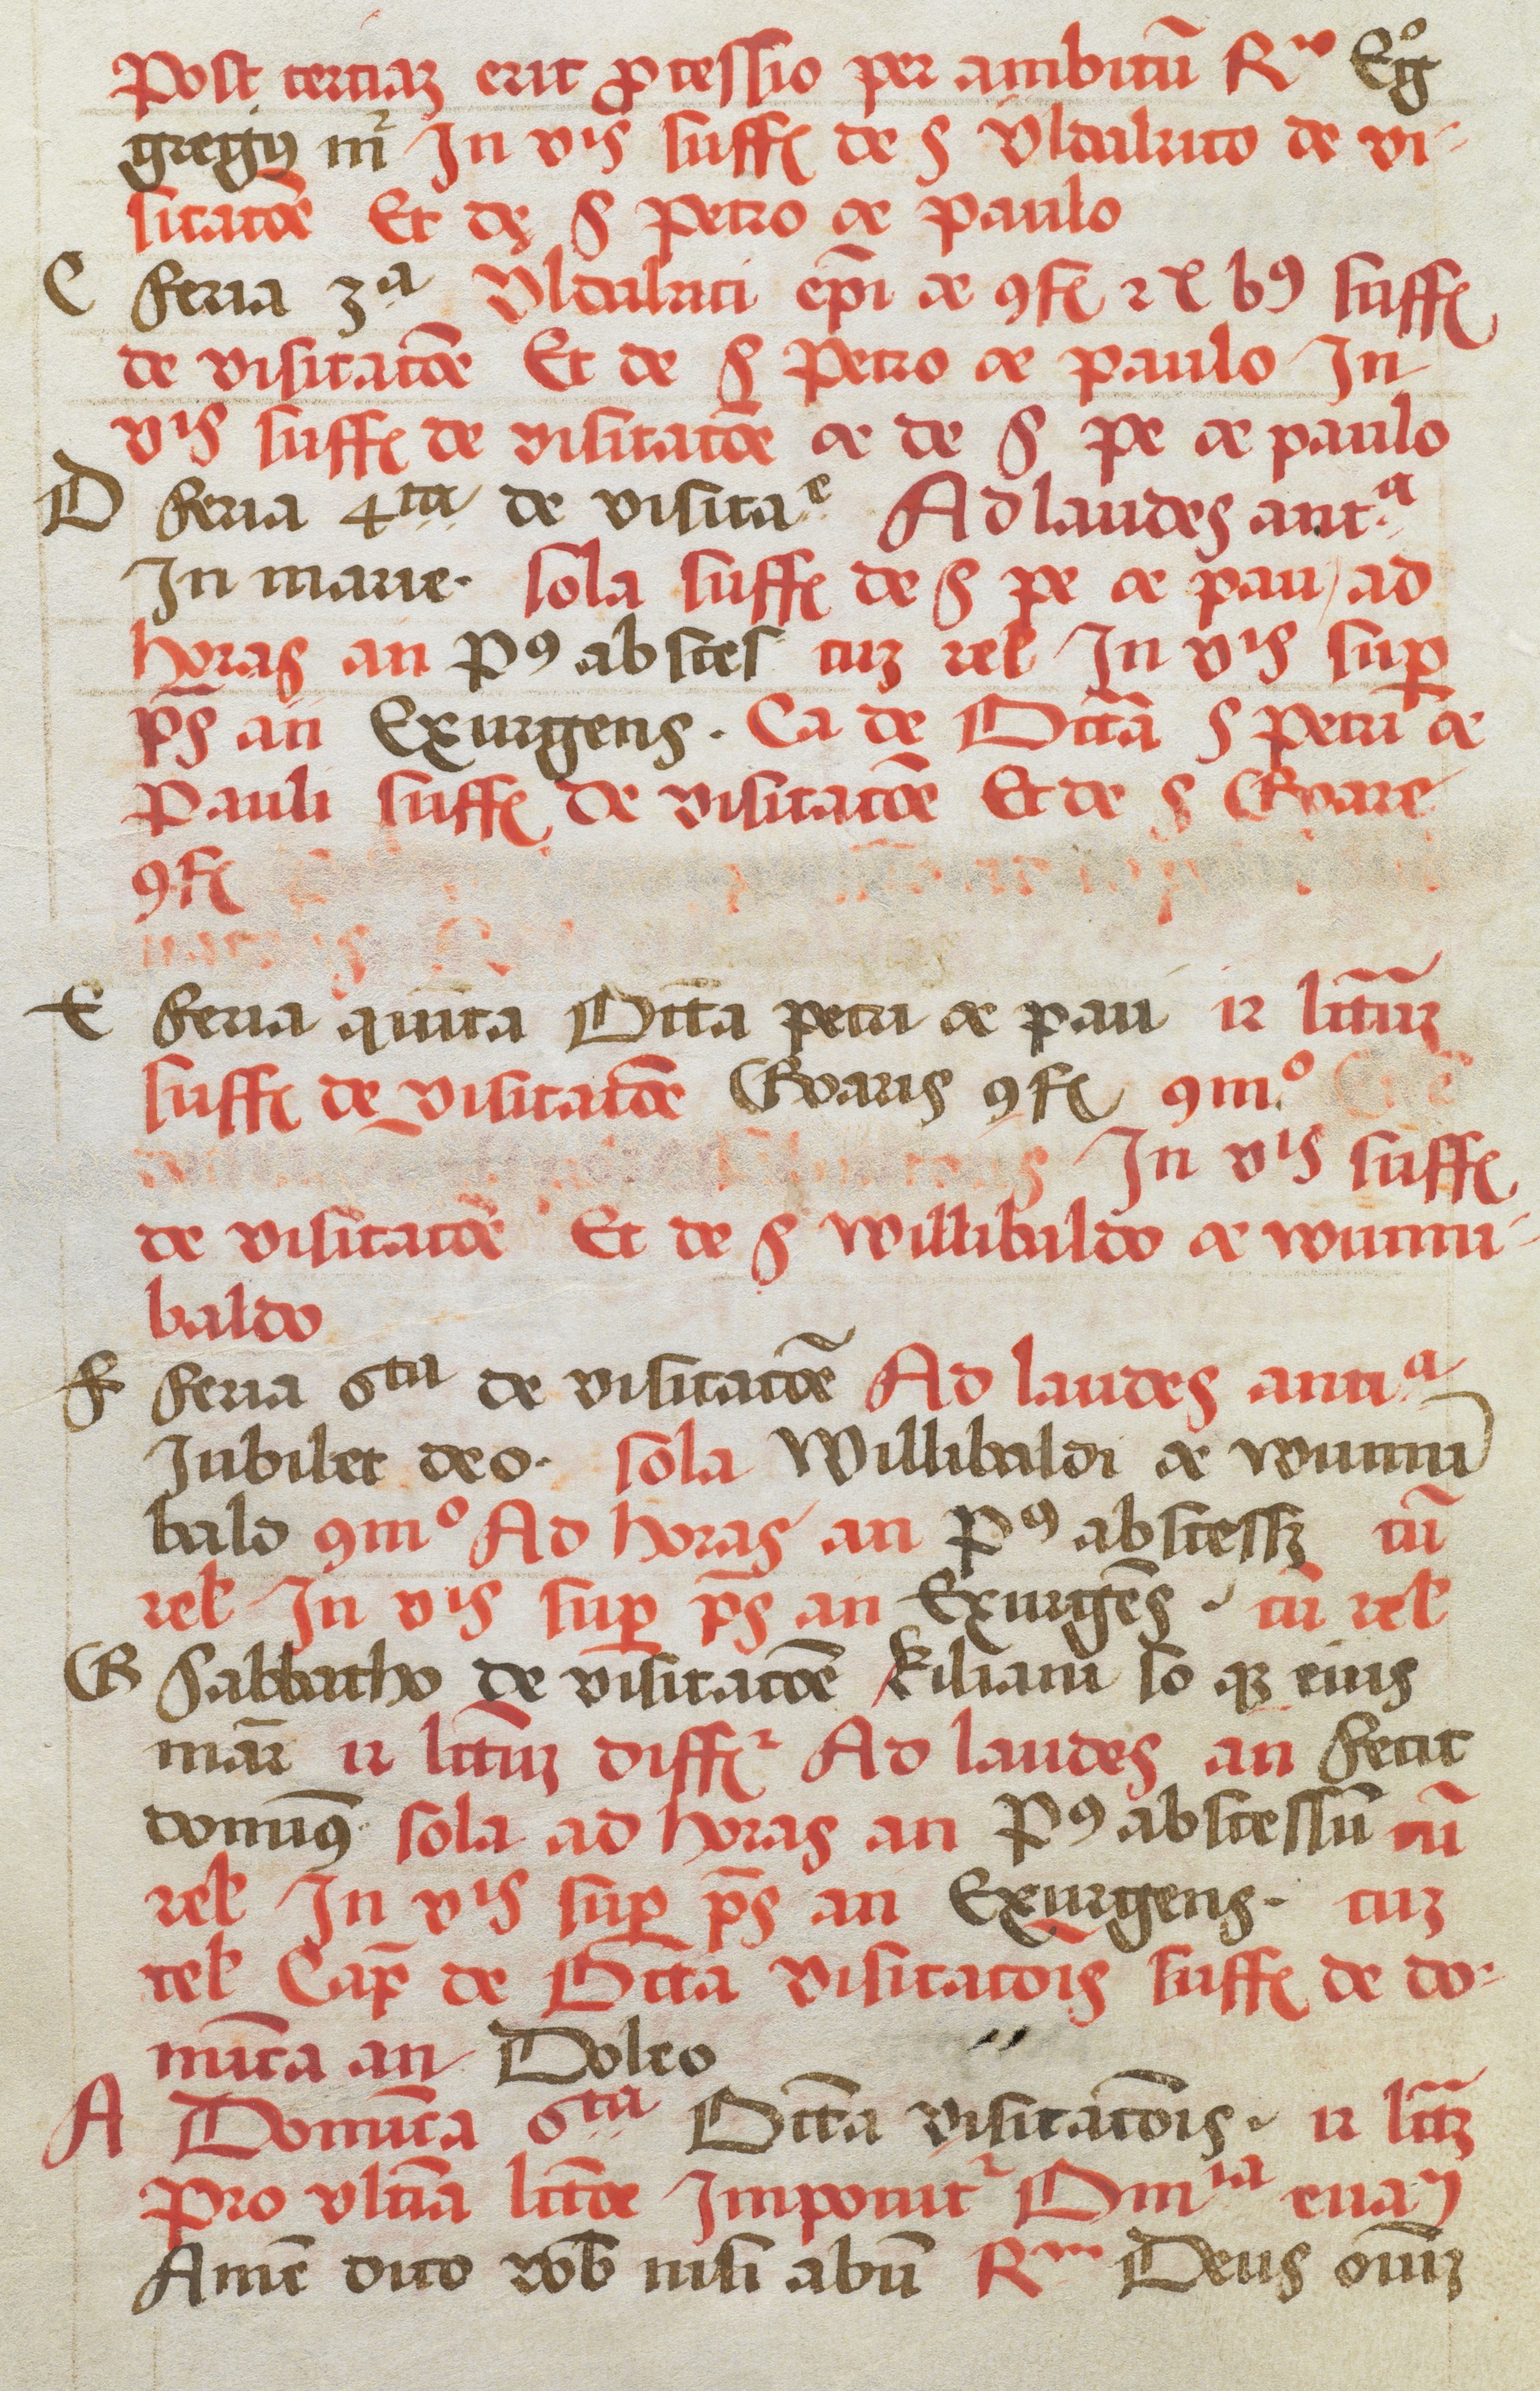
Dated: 1505–1535